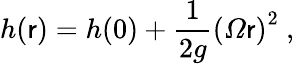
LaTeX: h(\mathsf{r})=h(0)+{\frac{{1}}{{2g}}}\left({\mathit{{\Omega}}}\mathsf{r}\right)^{2}\ ,